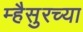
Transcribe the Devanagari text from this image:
म्हैसुरच्या